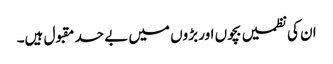
ان کی نظمیں بچوں اور بڑوں میں بے حد مقبول ہیں۔